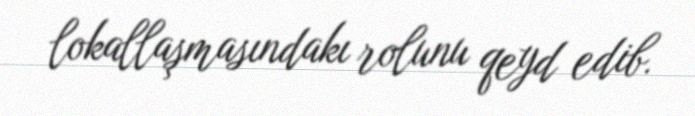
lokallaşmasındakı rolunu qeyd edib.